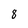
Character: 8